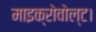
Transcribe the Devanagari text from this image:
माइक्रोवोल्ट।